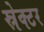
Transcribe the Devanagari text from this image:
स्रेक्टर